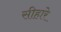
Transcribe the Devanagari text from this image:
सीहारे